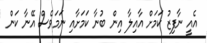
އެއީ ނާފިޒު ކަމަށް އާއިލާ އިން ބުނާ ކަމަށާއި ނަމަވެސް އޭނާ ކަން